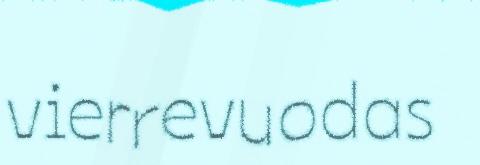
vierrevuodas